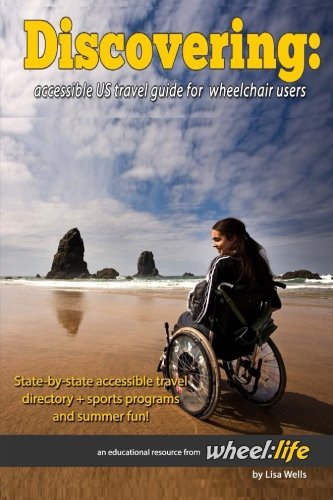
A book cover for Discovering: Accessible US Travel Guide for Wheelchair Users; Lisa Wells; Travel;